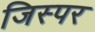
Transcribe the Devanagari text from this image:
जिस्पर